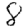
Digit: 8